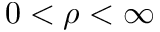
0 < \rho < \infty